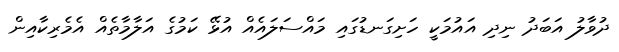
ދުވާލު އަަބަދު ނިދި އައުމަކީ ހަށިގަނޑުގައި މައްސަލައެއް އުޅޭ ކަމުގެ އަލާމާތެއް އެމެރިކާއިން